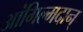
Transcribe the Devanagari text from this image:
आंगिल्मदान्